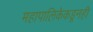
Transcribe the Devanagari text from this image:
महापालिकेकडूनही